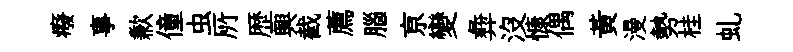
癈事歉僮虫𠩄歴興截薦腦亰變彜沒慷偶黄漫勢桂虬